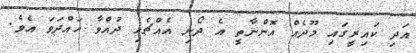
އަދި ކައިރީގައި މޫދެއް އޮންނާތީ އެ ދޯނި އެއްޗެހި ދުއްވާ ހައްދަވަ އެވެ.